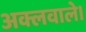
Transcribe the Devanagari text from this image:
अक्लवाले।